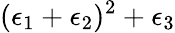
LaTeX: (\epsilon_{1}+\epsilon_{2})^{2}+\epsilon_{3}